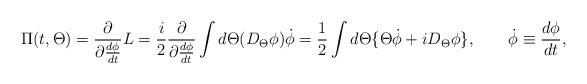
LaTeX: \begin{align*}\Pi(t,\Theta)= \frac{\partial}{\partial\frac{d\phi}{dt}} L=\frac{i}{2}\frac{\partial}{\partial\frac{d\phi}{dt}}\int d\Theta (D_{\Theta }\phi )\dot{\phi } =\frac{1}{2}\int d\Theta \{\Theta \dot{\phi }+iD_{\Theta }\phi \},\qquad \dot{\phi }\equiv\frac{d\phi}{dt},\end{align*}